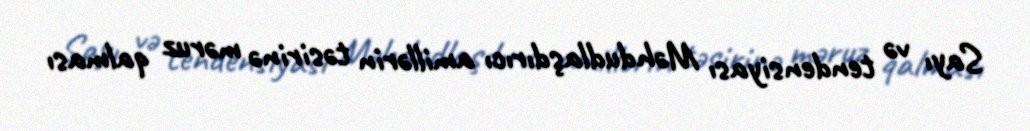
Sayı və tendensiyası Məhdudlaşdırıcı amillərin təsirinə məruz qalması